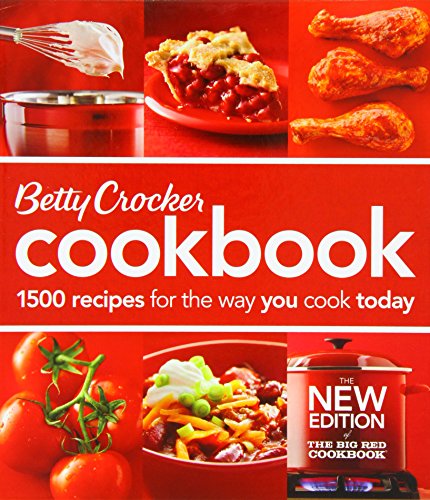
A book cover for Betty Crocker Cookbook: 1500 Recipes for the Way You Cook Today (Betty Crocker New Cookbook); Betty Crocker; Cookbooks, Food & Wine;